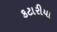
કટારીયા